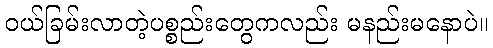
ဝယ်ခြမ်းလာတဲ့ပစ္စည်းတွေကလည်း မနည်းမနောပဲ။